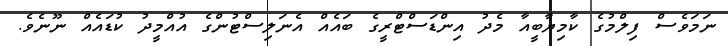
ނަމަވެސް ފިލްމުގެ ކާމިޔާބީއާ މެދު އިންޑަސްޓްރީގެ ބައެއް އެނަލިސްޓުންގެ އުއްމީދު ކުޑައެއް ނޫނެވެ.